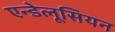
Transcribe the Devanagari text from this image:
एन्डेलूसियन